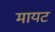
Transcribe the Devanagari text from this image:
मायट